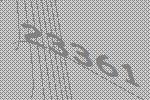
23361